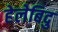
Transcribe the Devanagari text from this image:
हेलेबिदु